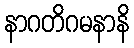
နာဂတိဂမနာနိ